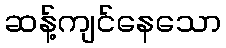
ဆန့်ကျင်နေသော